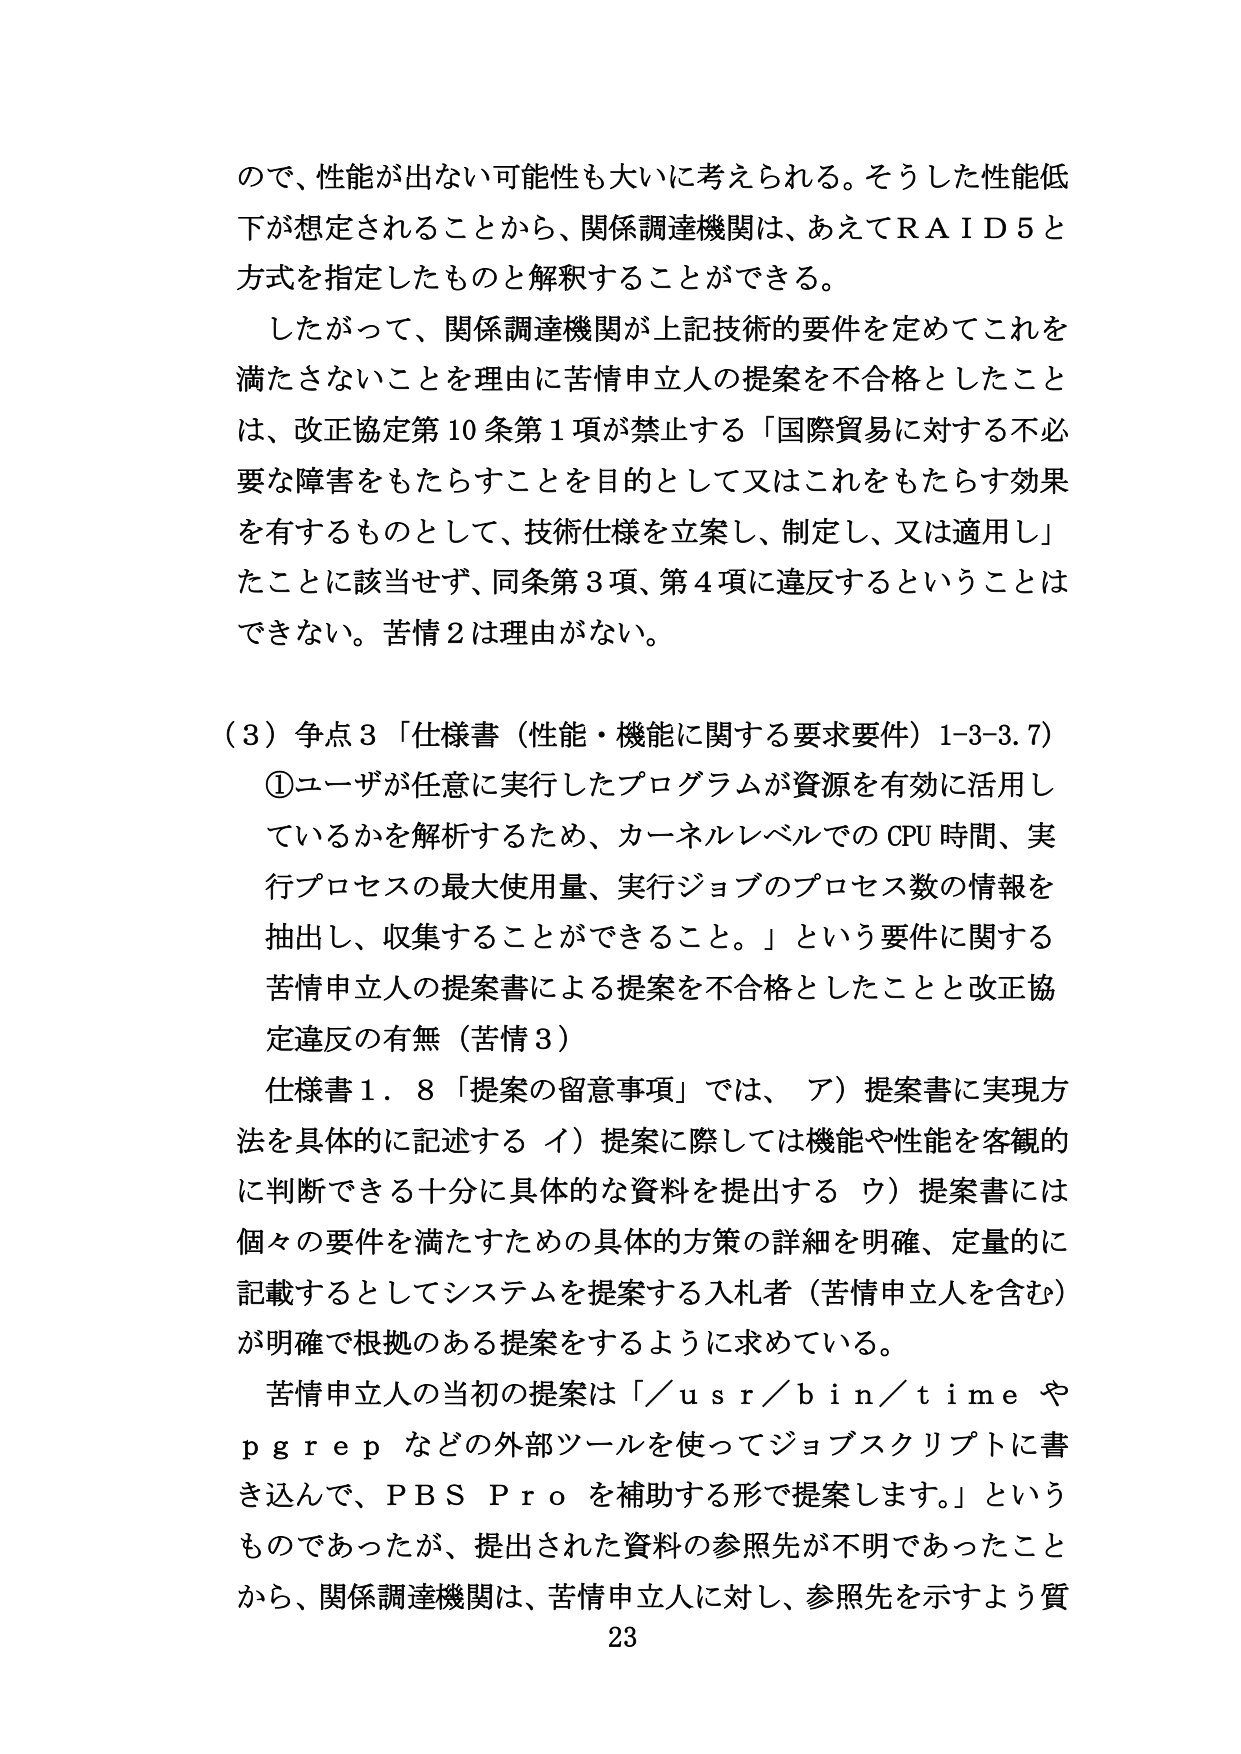
ので、性能が出ない可能性も大いに考えられる。そうした性能低下が想定されることから、関係調達機関は、あえてＲＡＩＤ５と方式を指定したものと解釈することができる。

したがって、関係調達機関が上記技術的要件を定めてこれを満たさないことを理由に苦情申立人の提案を不合格としたことは、改正協定第10条第1項が禁止する「国際貿易に対する不必要な障害をもたらすことを目的として又はこれをもたらす効果を有するものとして、技術仕様を立案し、制定し、又は適用し」たことに該当せず、同条第3項、第4項に違反するということはできない。苦情2は理由がない。

（3）争点3「仕様書（性能・機能に関する要求要件）1-3-3.7）
①ユーザが任意に実行したプログラムが資源を有効に活用しているかを解析するため、カーネルレベルでのCPU時間、実行プロセスの最大使用量、実行ジョブのプロセス数の情報を抽出し、収集することができる。」という要件に関する苦情申立人の提案書による提案を不合格としたことと改正協定違反の有無（苦情3）

仕様書1．8「提案の留意事項」では、ア）提案書に実現方法を具体的に記述する イ）提案に際しては機能や性能を客観的に判断できる十分に具体的な資料を提出する ウ）提案書には個々の要件を満たすための具体的方策の詳細を明確、定量的に記載するとしてシステムを提案する入札者（苦情申立人を含む）が明確で根拠のある提案をするように求めている。

苦情申立人の当初の提案は「／ｕｓｒ／ｂｉｎ／ｔｉｍｅ やｐｇｒｅｐ などの外部ツールを使ってジョブスクリプトに書き込んで、ＰＢＳ Ｐｒｏ を補助する形で提案します。」というものであったが、提出された資料の参照先が不明であったことから、関係調達機関は、苦情申立人に対し、参照先を示すよう質

23